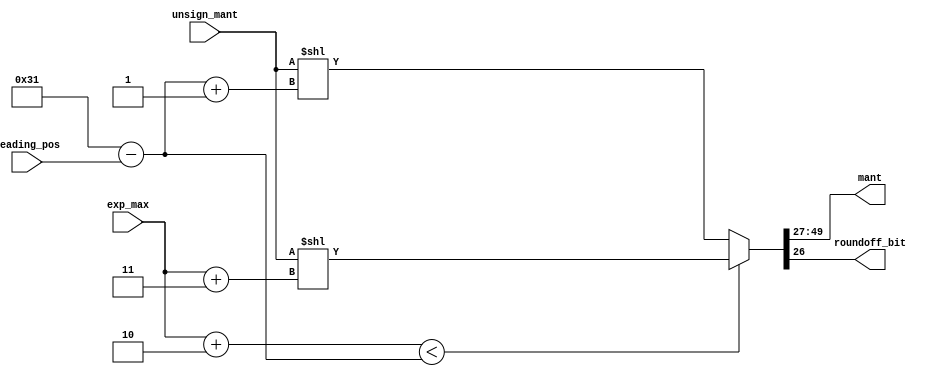
module post_mant_preparer
(
    input wire [5:0] leading_pos,
    input wire [49:0] unsign_mant,
    input wire [7:0] exp_max,

    output wire [22:0] mant,
    output wire roundoff_bit
);

wire [6:0] norm_leading_pos;
assign norm_leading_pos = 49 - leading_pos;

wire [8:0] exp_max_ex;
assign exp_max_ex = {{1'b0}, {exp_max}};

wire [49:0] pre_pr_mant;
assign pre_pr_mant = ((exp_max_ex + 9'b10) < (norm_leading_pos))? unsign_mant << (exp_max_ex + 9'b11): unsign_mant << (norm_leading_pos + 7'b1);

assign mant = pre_pr_mant[49:(49 - 22)];
assign roundoff_bit = pre_pr_mant[49 - 23]; 

endmodule